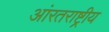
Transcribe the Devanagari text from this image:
आंरतराष्ट्रीय